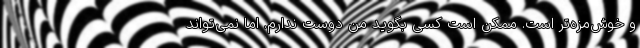
و خوش‌مزه‌تر است. ممکن است کسی بگوید من دوست ندارم. اما نمی‌تواند